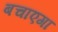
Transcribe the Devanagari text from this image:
बचाएगा